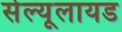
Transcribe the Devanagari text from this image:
सेल्यूलायड